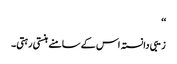
‘‘
زیبی دانستہ اس کے سامنے ہنستی رہتی۔